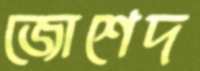
জোশেদ